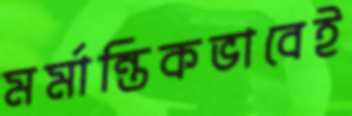
মর্মান্তিকভাবেই